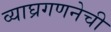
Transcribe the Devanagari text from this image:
व्याघ्रगणनेची